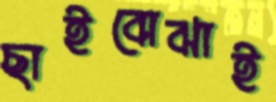
ছাইবোঝাই